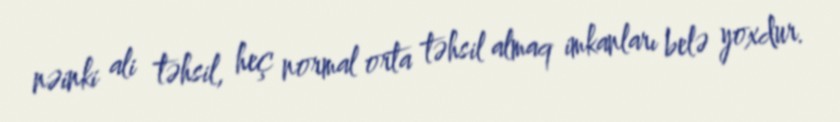
nəinki ali təhsil, heç normal orta təhsil almaq imkanları belə yoxdur.